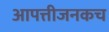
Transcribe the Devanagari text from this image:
आपत्तीजनकच